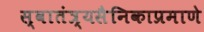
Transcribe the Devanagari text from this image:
स्वातंत्र्यसैनिकाप्रमाणे